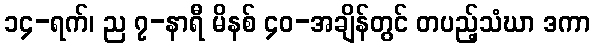
၁၄-ရက်၊ ည ၇-နာရီ မိနစ် ၄၀-အချိန်တွင် တပည့်သံဃာ ဒကာ